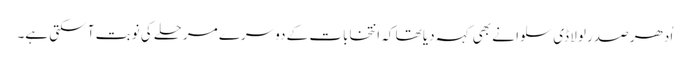
اُدھر صدر لولا ڈی سلوا نے بھی کہہ دیا تھا کہ انتخابات کے دوسرے مرحلے کی نوبت آ سکتی ہے۔